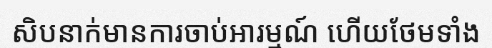
សិបនាក់មានការចាប់អារម្មណ៍ ហើយថែមទាំង